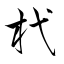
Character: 杙